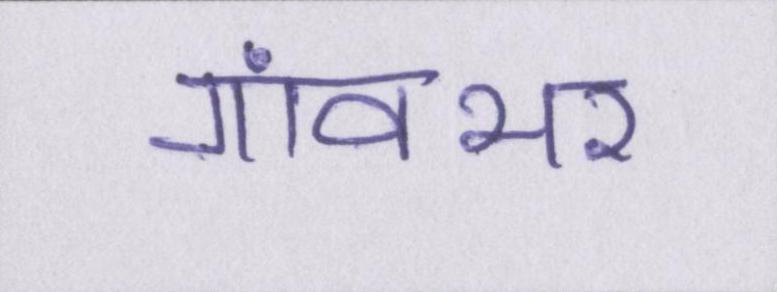
गांवभर